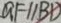
G F / / B D